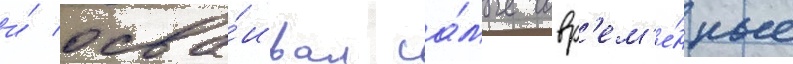
и́ осва́ивал са́мые совр'ем'е́нные